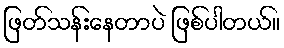
ဖြတ်သန်းနေတာပဲ ဖြစ်ပါတယ်။